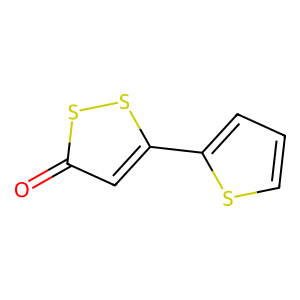
SMILES: O=c1cc(-c2cccs2)ss1
Inhibits HIV replication: Yes